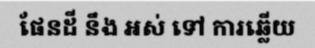
ផែនដី នឹង អស់ ទៅ ការឆ្លើយ